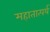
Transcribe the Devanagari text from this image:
महातात्पर्य